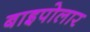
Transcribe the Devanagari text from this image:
बाइपोलार